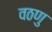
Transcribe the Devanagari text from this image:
वठणु